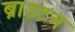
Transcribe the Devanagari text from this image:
ब्राउटन